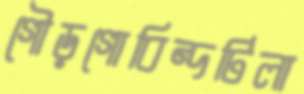
গৌড়গোবিন্দটিলা